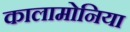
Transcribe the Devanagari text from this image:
कालामोनिया